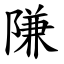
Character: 隒